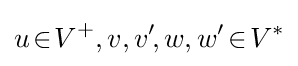
u\!\in \!V^{+},v,v'\!,w,w'\!\in \!V^{*}